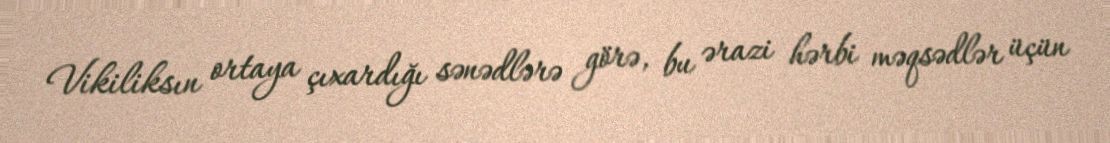
Vikiliksın ortaya çıxardığı sənədlərə görə, bu ərazi hərbi məqsədlər üçün